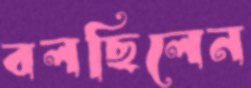
বলছিলেন